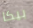
بيكا